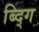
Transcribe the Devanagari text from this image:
ब्द्गि